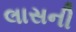
લાસની